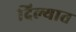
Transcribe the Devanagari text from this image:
दिल्यात